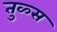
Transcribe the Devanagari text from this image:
तुळ्स